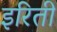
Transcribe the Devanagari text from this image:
इरिती